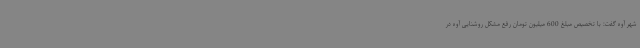
شهر آوه گفت: با تخصیص مبلغ 600 میلیون تومان رفع مشکل روشنایی آوه در